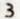
3